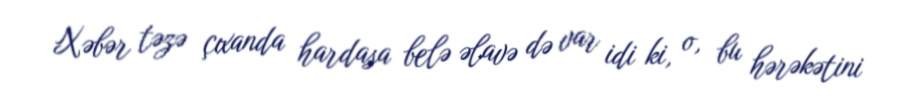
Xəbər təzə çıxanda hardasa belə əlavə də var idi ki, o, bu hərəkətini